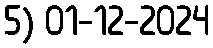
5) 01-12-2024